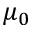
\mu _ { 0 }